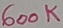
Text: 600K